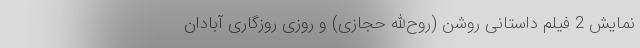
نمایش 2 فیلم داستانی روشن (روح‌الله حجازی) و روزی‌ روزگاری آبادان